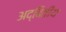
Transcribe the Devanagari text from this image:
अद्बितीय